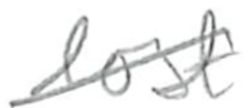
Text: lost
Cross-out: diagonal
Writing tool: pencil